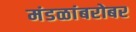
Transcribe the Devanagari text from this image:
मंडळांबरोबर